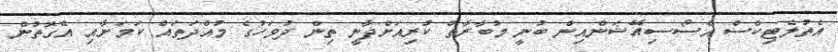
އެތުލެޓިކްސް އެސޯސިއޭޝަންއިން ބުނީ މުބާރާތް ކުރިއަށްދާނީ ތިން ދުވަހުގެ މުއްދަތައް ކަމަށާއި އެގޮތުން